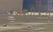
કોકપીટની